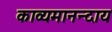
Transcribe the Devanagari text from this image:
काव्यमानन्दाय